Annual statistical returns and brief notes on vaccination in Bengal - 1896-1909
Year: 1896
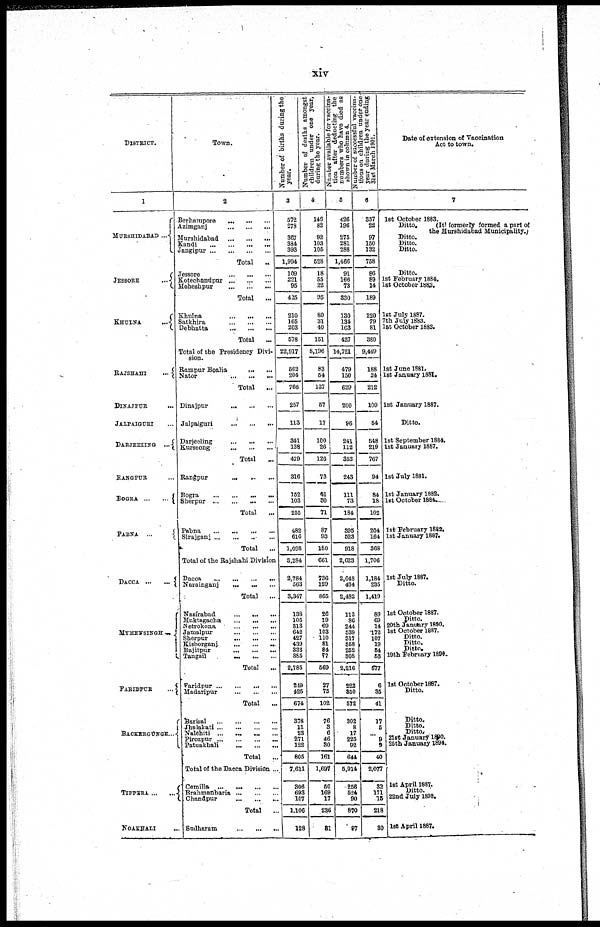
xiv
DISTRICT.
1
MURSHIDABAD ...
JESSORE
...
KHULNA
...
RAJSHAHI
...
DINAJPUR
...
JALPAIGURI ...
DARJEELING
...
RANGPUR ...
BOGRA
...
...
PABNA
...
DACCA
...
...
MYMENSINGH
...
FARIDPUR
...
BACKERGUNGE ...
TIPPERA ... ...
NOAKHALI ...
Town.
2
Berhampore
...
...
...
Azimganj
...
...
...
Murshidabad
...
...
...
Kandi
...
...
...
...
Jangipur
...
...
...
...
Total ...
Jessore
...
...
...
Kotechandpur
...
...
...
Moheshpur
...
...
...
Total
...
Khulna ... ... ...
Satkhira
...
...
...
Debhatta
...
...
...
Total
...
Total of the Presidency Divi-
sion.
Rampur Boalia
...
...
Nator
...
...
...
Total
...
Dinajpur
...
...
...
Jalpaiguri
...
...
...
Darjeeling
...
...
...
Kurseong
...
...
...
Total ...
Rangpur ... ... ...
Bogra
...
...
...
...
Sherpur ... ... ... ...
Total ...
Pabna
...
...
...
...
Sirajganj ... ... ... ...
Total
...
Total of the Rajshahi Division
Dacca
...
...
...
...
Narainganj ... ... ...
Total ...
Nasirabad
...
...
...
Muktagacha ... ... ...
Netrokona
...
...
...
Jamalpur
...
...
...
Sherpur
...
...
...
Kishoprganj
...
...
...
Bajitpur
...
...
...
Tangsil
...
...
...
Total
...
Faridpur ... ... ... ...
Madaripur
...
...
...
Total ...
Barisal
...
...
...
...
Jhalakati ... ... ... ...
Nalchiti
...
...
...
...
Pirozpur
...
...
...
...
Patuakhali
...
...
...
Total
...
Total of the Dacca Division ...
Comilla
...
...
...
...
Brahmanbaria ... ... ...
Chandpur
...
...
...
Total
...
Sudharam
...
...
...
Number of births during the
year.
3
572
278
367
384
393
1,994
109
221
95
425
210
165
203
578
22,917
562
204
766
257
113
341
138
479
316
152
103
255
482
616
1,098
3,284
2,784
563
3,347
138
105
313
642
427
439
336
385
2,785
249
425
674
378
11
23
271
122
805
7,611
306
693
107
1,106
128
Number of deaths amongst
children under one year,
during the year.
4
146
82
92
103
105
528
18
55
22
95
80
31
40
151
8,196
83
54
137
57
17
100
26
126
73
41
30
71
87
93
180
661
736
129
865
26
19
69
103
110
81
84
77
569
27
75
102
76
3
6
46
30
161
1,697
50
169
17
236
81
Number available for vaccina-
tion after deducting the
numbers who have died as
shown in column 4.
5
426
196
275
281
288
1,466
91
166
73
330
130
134
163
427
14,721
479
150
629
200
96
241
112
353
243
111
73
184
395
523
918
2,623
2,048
434
2,482
112
86
244
539
317
358
252
308
2,216
222
350
572
302
8
17
225
92
644
5,914
256
524
90
870
97
Number of successful vaccina-
tions on children under one
year during the year ending
31st March 1901.
6
357
22
97
150
132
758
86
89
14
189
220
79
81
380
9,449
188
24
212
109
54
548
219
767
94
84
18
102
204
164
368
1,706
1,184
235
1,419
89
69
14
172
107
19
54
53
577
6
35
41
17
5 ...
9
9
40
2,077
32
171
15
218
30
Date of extension of Vaccination
Act to town.
7
1st October 1883.
Ditto. (It formerly formed a part
the Murshidabad Municipality
Ditto.
Ditto.
Ditto.
Ditto.
1st February 1884.
1st October 1883.
1st July 1887.
7th July 1883.
1st October 1883.
1st June 1881.
1st January 1881.
1st January 1887.
Ditto.
1st September 1884.
1st January 1887.
1st July 1881.
1st January 1882.
1st October 1884.
1st February 1882.
1st January 1887.
1st July 1887.
Ditto.
1st October 1887.
Ditto.
20th January 1890.
1st October 1887.
Ditto.
Ditto.
Ditto.
19th February 1890.
1st October 1887.
Ditto.
Ditto.
Ditto.
Ditto.
21st January 1990.
25th January 1894.
1st April 1887.
Ditto.
22nd July 1898.
1st April 1887.